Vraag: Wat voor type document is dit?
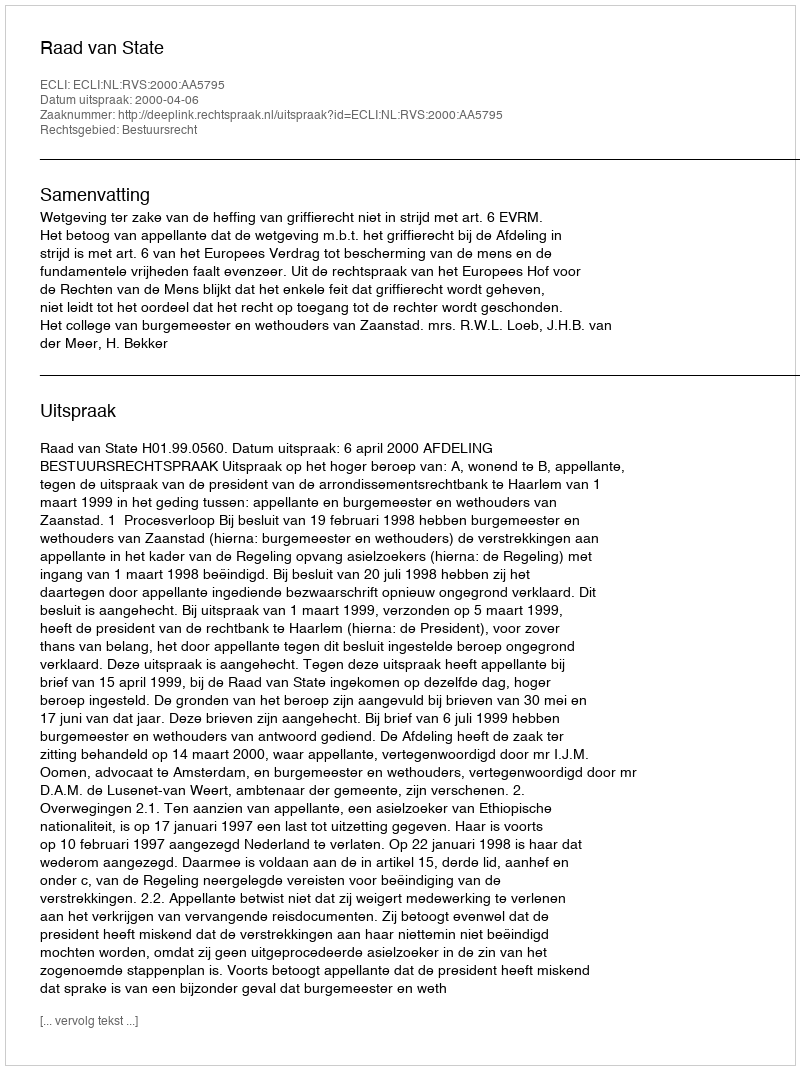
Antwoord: Uitspraak